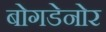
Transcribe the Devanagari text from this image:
बोगडेनोर